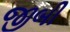
જીબી